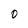
Character: 0